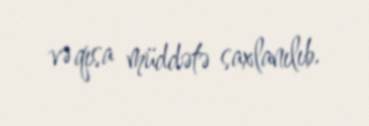
və qısa müddətə saxlanılıb.